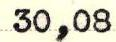
30,08